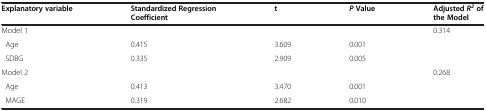
<table><thead><tr><td><b>Explanatory variable</b></td><td><b>Standardized Regression Coefficient</b></td><td><b>t</b></td><td><b><i>P</i>Value</b></td><td><b>Adjusted<i>R</i><sup><i>2</i></sup>of the Model</b></td></tr></thead><tbody><tr><td>Model 1</td><td> </td><td> </td><td> </td><td>0.314</td></tr><tr><td> Age</td><td>0.415</td><td>3.609</td><td>0.001</td><td> </td></tr><tr><td> SDBG</td><td>0.335</td><td>2.909</td><td>0.005</td><td> </td></tr><tr><td>Model 2</td><td> </td><td> </td><td> </td><td>0.268</td></tr><tr><td> Age</td><td>0.413</td><td>3.470</td><td>0.001</td><td> </td></tr><tr><td> MAGE</td><td>0.319</td><td>2.682</td><td>0.010</td><td> </td></tr></tbody></table>